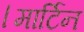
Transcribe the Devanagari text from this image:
।मार्टिन